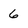
Character: 6